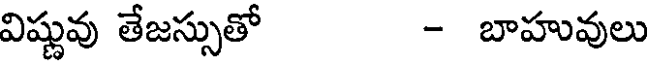
విష్ణువు తేజస్సుతో - బాహువులు